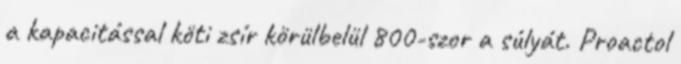
a kapacitással köti zsír körülbelül 800-szor a súlyát. Proactol